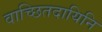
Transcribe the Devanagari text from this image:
वाच्छितदायिनि